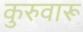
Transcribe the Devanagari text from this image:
कुरुवारू